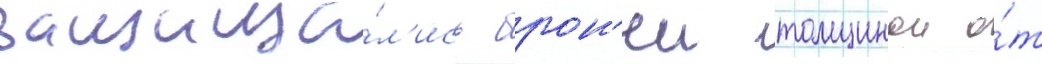
защища́л'ись брон'еи толщинои о́т